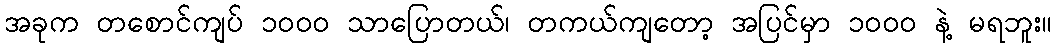
အခုက တစောင်ကျပ် ၁၀၀၀ သာပြောတယ်၊ တကယ်ကျတော့ အပြင်မှာ ၁၀၀၀ နဲ့ မရဘူး။